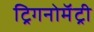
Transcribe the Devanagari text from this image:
ट्रिगनोमॅट्री